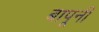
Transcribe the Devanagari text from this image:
बापूनी